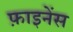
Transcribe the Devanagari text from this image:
फ़ाइनेंस